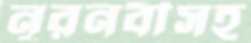
নূরনবীসহ